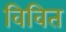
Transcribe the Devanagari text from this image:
विवित